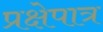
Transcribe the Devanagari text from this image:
प्रक्षेपात्र